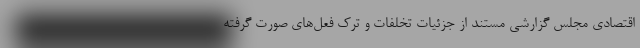
اقتصادی مجلس گزارشی مستند از جزئیات تخلفات و ترک فعل‌های صورت گرفته